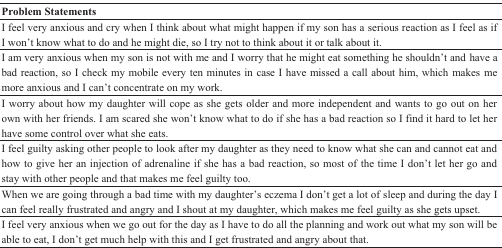
| Problem Statements |
 | --- |
 | I feel very anxious and cry when I think about what might happen if my son has a serious reaction as I feel as if I won’t know what to do and he might die, so I try not to think about it or talk about it. |
 | I am very anxious when my son is not with me and I worry that he might eat something he shouldn’t and have a bad reaction, so I check my mobile every ten minutes in case I have missed a call about him, which makes me more anxious and I can’t concentrate on my work. |
 | I worry about how my daughter will cope as she gets older and more independent and wants to go out on her own with her friends. I am scared she won’t know what to do if she has a bad reaction so I find it hard to let her have some control over what she eats. |
 | I feel guilty asking other people to look after my daughter as they need to know what she can and cannot eat and how to give her an injection of adrenaline if she has a bad reaction, so most of the time I don’t let her go and stay with other people and that makes me feel guilty too. |
 | When we are going through a bad time with my daughter’s eczema I don’t get a lot of sleep and during the day I can feel really frustrated and angry and I shout at my daughter, which makes me feel guilty as she gets upset. |
 | I feel very anxious when we go out for the day as I have to do all the planning and work out what my son will be able to eat, I don’t get much help with this and I get frustrated and angry about that. |